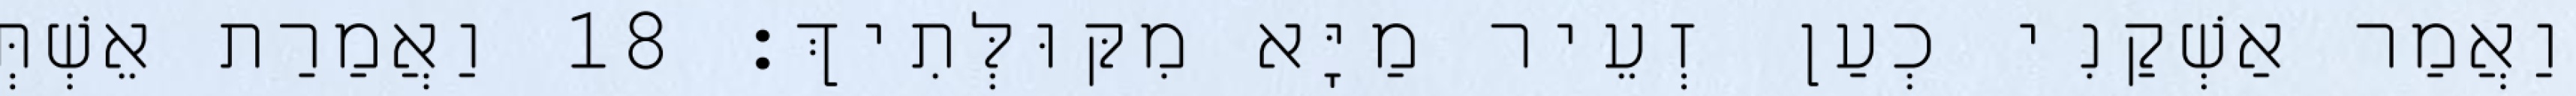
וַאֲמַר אַשְׁקַנִי כְעַן זְעֵיר מַיָּא מִקּוּלְּתִיךְ׃ 18 וַאֲמַרַת אֵשְׁתְּ